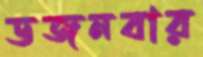
ডজনবার